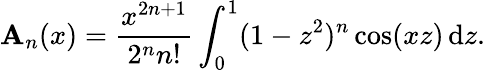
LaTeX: \mathbf{A}_{n}(x)={\frac{{x^{2n+1}}}{{2^{n}n!}}}\int_{0}^{1}(1-z^{2})^{n}\cos(xz)\, \mathrm{{d}}z.